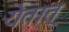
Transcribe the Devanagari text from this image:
येतात्